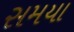
સમયા